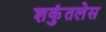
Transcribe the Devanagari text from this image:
शकुंतलेस